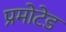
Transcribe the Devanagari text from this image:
प्रमोटेड